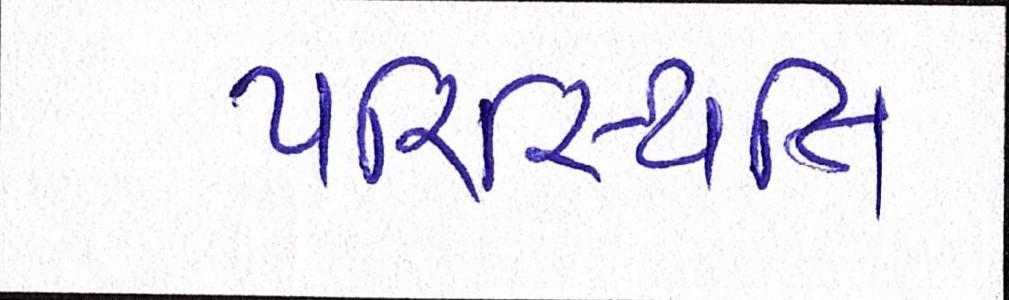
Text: પરિસ્થિતિ